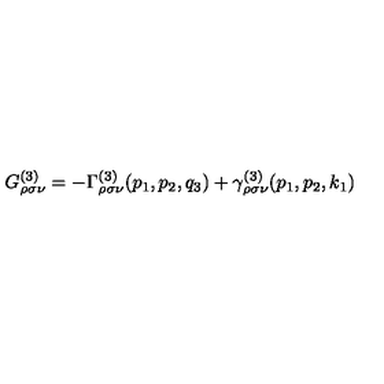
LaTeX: G _ { \rho \sigma \nu } ^ { ( 3 ) } = - \Gamma _ { \rho \sigma \nu } ^ { ( 3 ) } ( p _ { 1 } , p _ { 2 } , q _ { 3 } ) + \gamma _ { \rho \sigma \nu } ^ { ( 3 ) } ( p _ { 1 } , p _ { 2 } , k _ { 1 } )